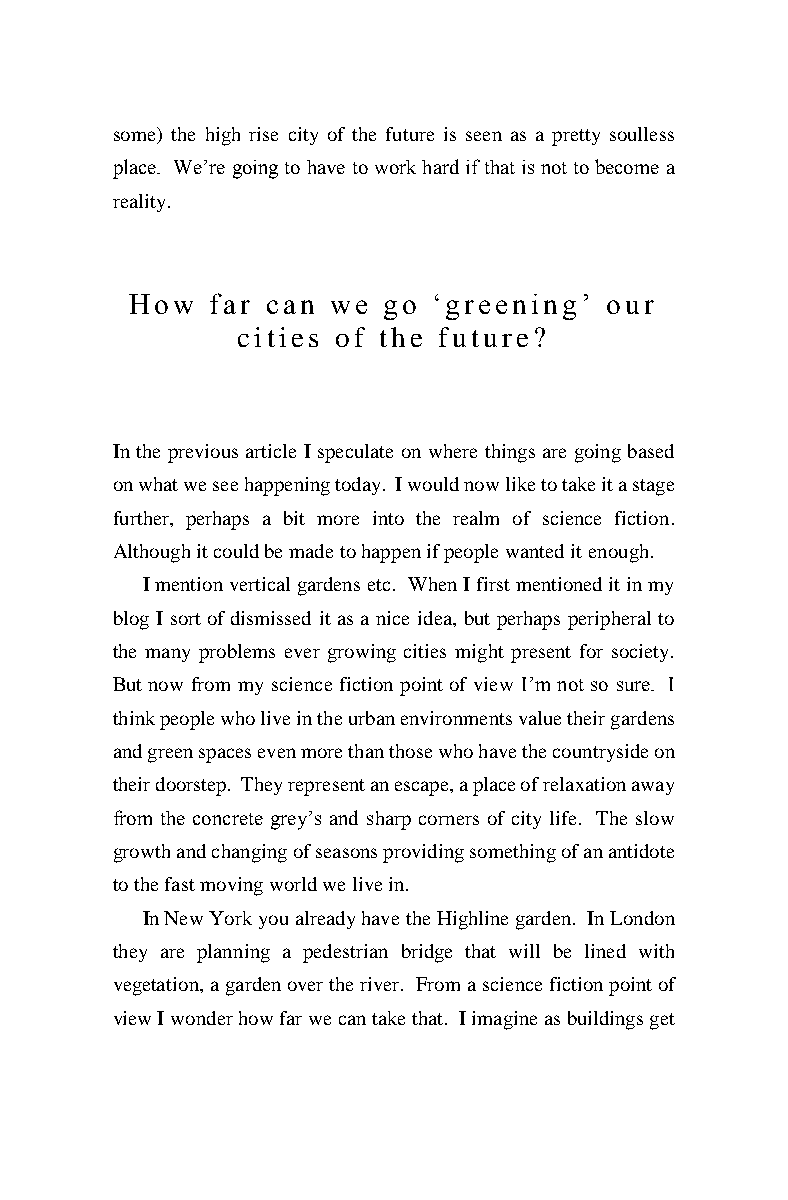
some) the high rise city of the future is seen as a pretty soulless
 place. We’re going to have to work hard if that is not to become a
 reality.
 How  far can we go  ‘greening’ our
 cities of the future?
 In the previous article I speculate on where things are going based
 on what we see happening today. I would now like to take it a stage
 further, perhaps a bit more into the realm of science fiction.
 Although it could be made to happen if people wanted it enough.
 I mention vertical gardens etc. When I first mentioned it in my
 blog I sort of dismissed it as a nice idea, but perhaps peripheral to
 the many problems ever growing cities might present for society.
 But now from my science fiction point of view I’m not so sure. I
 think people who live in the urban environments value their gardens
 and green spaces even more than those who have the countryside on
 their doorstep. They represent an escape, a place of relaxation away
 from the concrete grey’s and sharp corners of city life. The slow
 growth and changing of seasons providing something of an antidote
 to the fast moving world we live in.
 In New York you already have the Highline garden. In London
 they are planning a pedestrian bridge that will be lined with
 vegetation, a garden over the river. From a science fiction point of
 view I wonder how far we can take that. I imagine as buildings get